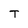
Character: T